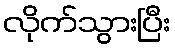
လိုက်သွားပြီး